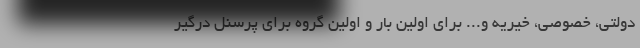
دولتی، خصوصی، خیریه و... برای اولین بار و اولین گروه برای پرسنل درگیر